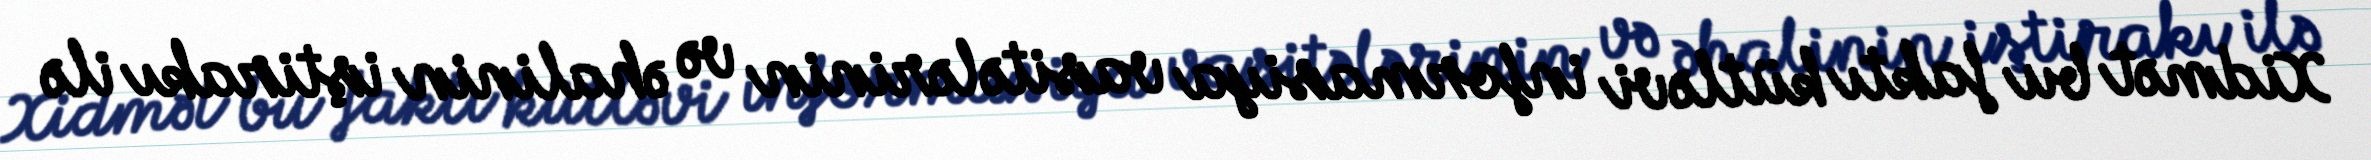
Xidmət bu faktı kütləvi informasiya vasitələrinin və əhalinin iştirakı ilə